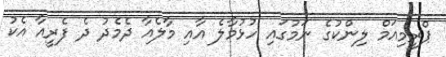
ޕްރީމިއަމް ލިންކުގެ ނަމުގައި ހުޅުމާލެ އާއި މާލެއާ ދެމެދު ދެ ފެރީއާ އެކު